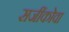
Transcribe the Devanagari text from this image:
सजींकोवा